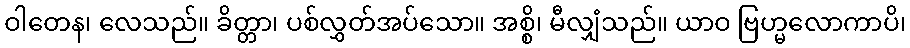
ဝါတေန၊ လေသည်။ ခိတ္တာ၊ ပစ်လွှတ်အပ်သော။ အစ္စိ၊ မီလျှံသည်။ ယာဝ ဗြဟ္မလောကာပိ၊